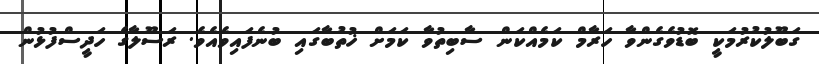
ގަބޫލުކުރުމަކީ ބޮޑުވެގެންވާ ހަރާމް ކަމެއްކަން ސާބިތުވާ ކަމަށް ޚުތުބާގައި ބުނެފައިވެއެވެ. ރަސޫލާގެ ހަދީސްފުޅުން